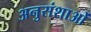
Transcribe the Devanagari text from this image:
अनुसंशाओं